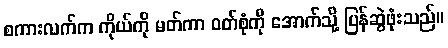
စကားလက်က ကိုယ်ကို မတ်ကာ ဝတ်စုံကို အောက်သို့ ပြန်ဆွဲဖုံးသည်။